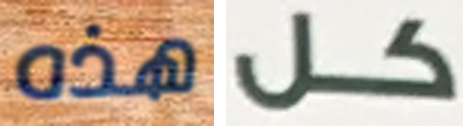
هذه كل